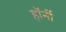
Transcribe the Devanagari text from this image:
हॉर्नी